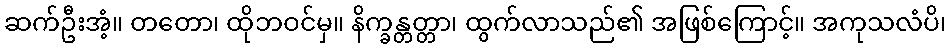
ဆက်ဦးအံ့။ တတော၊ ထိုဘဝင်မှ။ နိက္ခန္တတ္တာ၊ ထွက်လာသည်၏ အဖြစ်ကြောင့်။ အကုသလံပိ၊